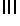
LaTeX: ^{{\sf III}}